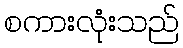
စကားလုံးသည်